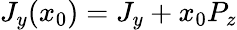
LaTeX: J_{y}(x_{0})=J_{y}+x_{0}P_{z}